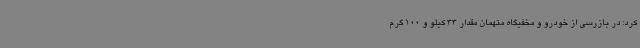
کرد: در بازرسی از خودرو و مخفیگاه متهمان مقدار 33 کیلو و 100 گرم